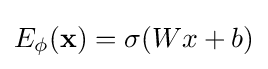
E_{\phi }(\mathbf {x} )=\sigma (Wx+b)